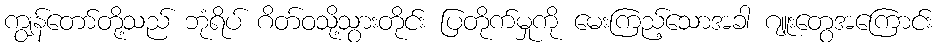
ကျွန်တော်တို့သည် ဘုံရိပ် ဂိတ်ဝသို့သွားတိုင်း ပြတိုက်မှုကို မေးကြည့်သောအခါ ဂျူးတွေအကြောင်း